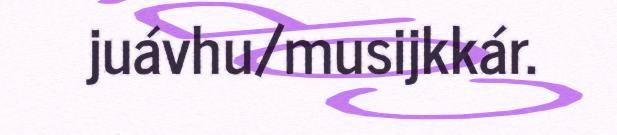
juávhu/musijkkár.